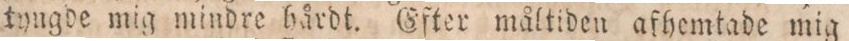
tyngde mig mindre hårdt. Efter måltiden afhemtade mig